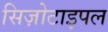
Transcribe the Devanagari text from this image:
सिज़ोटाइपल